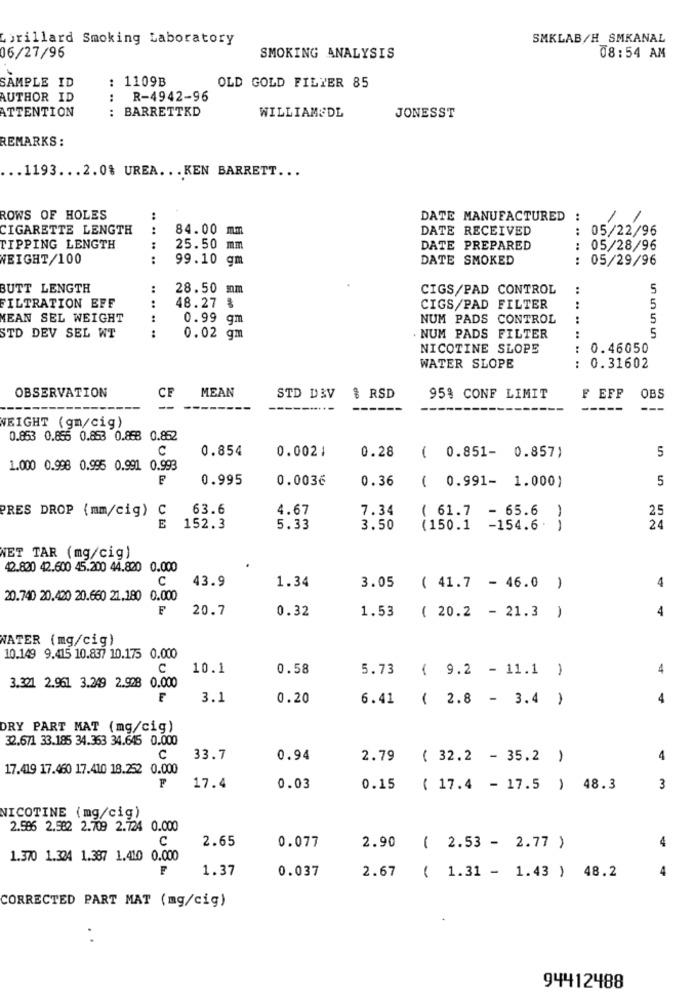
Lorillard Smoking Laboratory
SMKLAB/H SMKANAL
06/27/96
SMOKING ANALYSIS
08:54 AM
SAMPLE ID
: 1109B
OLD GOLD FILTER 85
AUTHOR ID
R-4942-96
ATTENTION
BARRETTKD
WILLIAM&DL
JONESST
REMARKS :
.. 1193 ... 2.0% UREA ... KEN BARRETT ...
ROWS OF HOLES
DATE MANUFACTURED
CIGARETTE LENGTH
84.00 mm
DATE RECEIVED
05/22/96
TIPPING LENGTH
25.50
mm
DATE PREPARED
: 05/28/96
WEIGHT/100
.. .... ..
99.10 gm
DATE SMOKED
05/29/96
..
BUTT LENGTH
28.50 mm
CIGS/PAD CONTROL
..
S
FILTRATION EFF
48.27 %
CIGS/PAD FILTER
5
MEAN SEL WEIGHT
0.99 gm
NUM PADS CONTROL
..
5
5
STD DEV SEL WT
.. .. .. ..
0.02 gm
NUM PADS FILTER
NICOTINE SLOPE
0.46050
WATER SLOPE
: 0.31602
CF
MEAN
OBSERVATION
STD D&V
& RSD
95% CONF LIMIT
F EFF
OBS
---
WEIGHT (gm/cig)
0.863 0.855 0.853 0.868 0.862
C
0.854
0.0021
0.28
5
( 0.851- 0.857)
1.000 0.998 0.995 0.991 0.993
0.995
0.0036
0.36
5
( 0.991- 1.000)
PRES DROP { mm/cig) C
63.6
4.67
7.34
( 61.7 - 65.6
25
E
152.3
5.33
3.50
(150.1 -154.6 .
24
NET TAR (mg/cig)
42.820 42.600 45.200 44.820 0.000
C
43.9
1.34
3.05
( 41.7 - 46.0 )
4
20.740 20.420 20.660 21.180 0.000
F
20.7
4
0.32
1.53 ( 20.2 - 21.3 )
WATER (mg/cig)
10.149 9.415 10.837 10.175 0.000
C
10.1
0.58
5.73 ( 9.2 - 11.1 )
4
3.321 2.961 3.249 2.908 0.000
F
3.1
0.20
6.41 ( 2.8 - 3.4 )
4
DRY PART MAT (mg/cig)
32.671 33.185 34.363 34.645 0.000
C
33.7
0.94
2.79 ( 32.2 - 35.2 )
4
17.419 17.460 17.410 18.252 0.000
F
17.4
0.03
0.15 ( 17.4 - 17.5 ) 48.3
3
NICOTINE (mg/cig)
2.586 2.582 2.709 2.724 0.000
C
2.65
0.077
2.90 ( 2.53 - 2.77 )
1.370 1.324 1.387 1.410 0.000
F
1.37
0.037
( 1.31 - 1.43 ) 48.2
2.67
CORRECTED PART MAT (mg/cig)
94412488